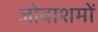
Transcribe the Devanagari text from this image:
जोवाशमों